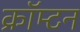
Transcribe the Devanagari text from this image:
क्रॉम्टन